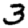
Digit: 3